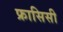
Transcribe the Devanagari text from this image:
फ्रासिसी